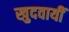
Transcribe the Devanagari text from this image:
खुदवायीं